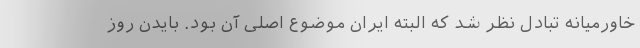
خاورمیانه تبادل نظر شد که البته ایران موضوع اصلی آن بود. بایدن روز